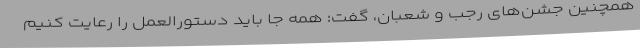
همچنین جشن‌های رجب و شعبان، گفت: همه جا باید دستورالعمل را رعایت کنیم